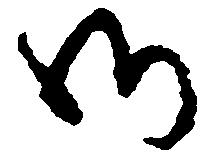
御